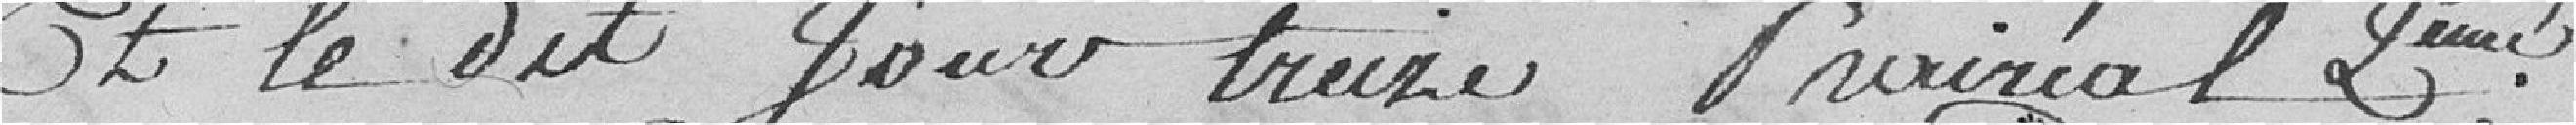
Et le dit jour treize prairial 2eme